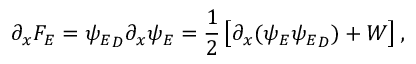
\partial _ { x } { \cal F } _ { E } = { \psi _ { E } } _ { D } \partial _ { x } \psi _ { E } = { \frac { 1 } { 2 } } \left[ \partial _ { x } ( \psi _ { E } { \psi _ { E } } _ { D } ) + W \right] ,